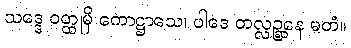
သဒ္ဒေ ဝတ္ထုမှိ ကောဋ္ဌာသေ၊ ပါဒေ တလ္လဉ္ဆနေ မတံ။